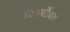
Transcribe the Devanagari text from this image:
इंटरवर्टेबल